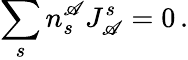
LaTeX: \sum_{s}n_{s}^{\mathscr{A}}J_{\mathscr{A}}^{s}=0\, .